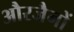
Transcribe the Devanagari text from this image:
औरजैनों